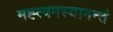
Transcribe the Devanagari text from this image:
मह्त्वमस्यानन्तं